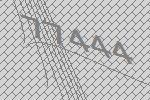
77444